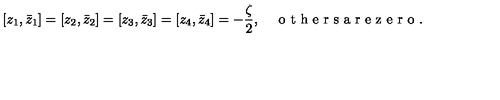
\left[ z _ { 1 } , \bar { z } _ { 1 } \right] = \left[ z _ { 2 } , \bar { z } _ { 2 } \right] = \left[ z _ { 3 } , \bar { z } _ { 3 } \right] = \left[ z _ { 4 } , \bar { z } _ { 4 } \right] = - \frac { \zeta } { 2 } , \quad \textrm { o t h e r s a r e z e r o } .